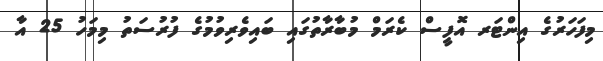
މިފަހަރުގެ އިންޓަރ އޮފީސް ކެރަމް މުބާރާތުގައި ބައިވެރިވުމުގެ ފުރުސަތު މިމަހު 25 އާ